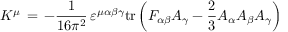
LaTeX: K ^ { \mu } \, = \, - \frac { 1 } { 1 6 \pi ^ { 2 } } \, \varepsilon ^ { \mu \alpha \beta \gamma } \mathrm { t r } \left( F _ { \alpha \beta } A _ { \gamma } - \frac { 2 } { 3 } A _ { \alpha } A _ { \beta } A _ { \gamma } \right) \,